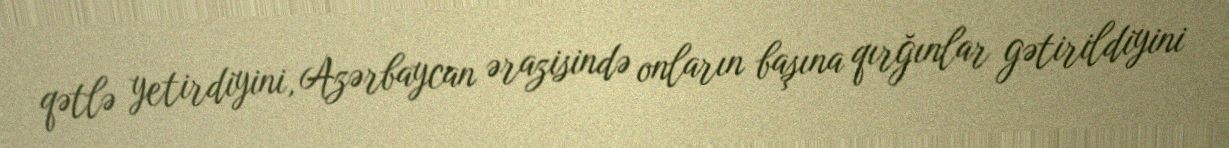
qətlə yetirdiyini, Azərbaycan ərazisində onların başına qırğınlar gətirildiyini